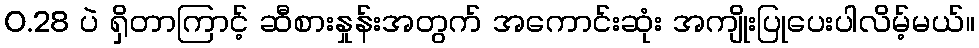
0.28 ပဲ ရှိတာကြာင့် ဆီစားနှုန်းအတွက် အကောင်းဆုံး အကျိုးပြုပေးပါလိမ့်မယ်။